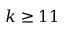
k \geq 1 1